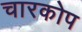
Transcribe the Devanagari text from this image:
चारकोप